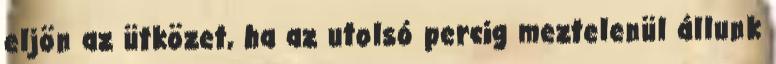
eljön az ütközet, ha az utolsó percig meztelenül állunk